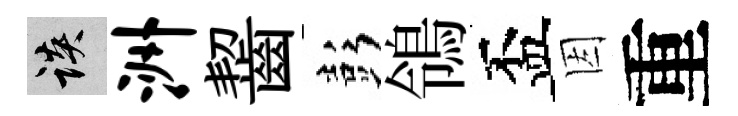
談洲齧彭鴒盃因重